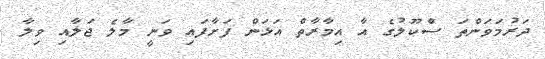
ދަރުމަވަންތަ ސްކޫލުގެ އާ އިމާރާތް އަޅަން ފަށާފައި ވަނީ މާލެ ޖަލާއި ވިލާ